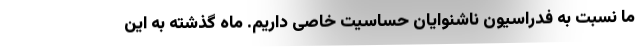
ما نسبت به فدراسیون ناشنوایان حساسیت خاصی داریم. ماه گذشته به این